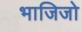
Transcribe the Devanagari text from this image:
भाजिजो